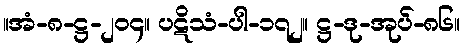
။အံ-၈-ဋ္ဌ-၂၀၄။ ပဋိသံ-ပါ-၁၇၂။ ဋ္ဌ-ဒု-အုပ်-၈၆။